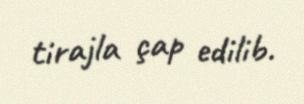
tirajla çap edilib.